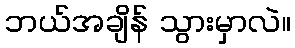
ဘယ်အချိန် သွားမှာလဲ။